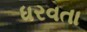
ધરવતા